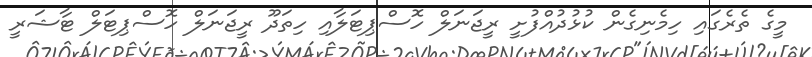
މީގެ ތެރެގައި ހިމެނިގެން ކުޅުދުއްފުށީ ރީޖަނަލް ހޮސްޕިޓަލާއި ހިތަދޫ ރީޖަނަލް ހޮސްޕިޓަލް ޓާޝަރީ